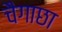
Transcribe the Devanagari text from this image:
चैगाछा